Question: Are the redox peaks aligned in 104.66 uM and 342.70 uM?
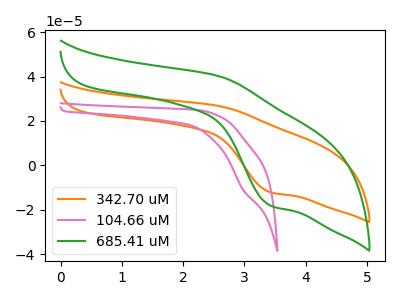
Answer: <think>The orange curve "342.70 uM" has an anodic peak at (2.55V, 26.80uA) and a cathodic peak at (3.40V, -12.00uA). The pink curve "104.66 uM" has a cathodic peak at: (3.00V, -10.90uA). The green curve "685.41 uM" has an anodic peak at (2.55V, 40.25uA) and a cathodic peak at (3.40V, -18.00uA).</think>
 <answer>No, "104.66 uM" and "342.70 uM" have a different number of peaks.</answer>
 <eval>different_amount</eval>